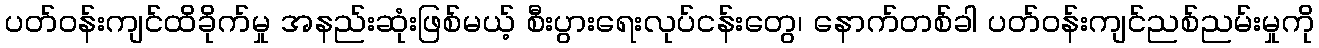
ပတ်ဝန်းကျင်ထိခိုက်မှု အနည်းဆုံးဖြစ်မယ့် စီးပွားရေးလုပ်ငန်းတွေ၊ နောက်တစ်ခါ ပတ်ဝန်းကျင်ညစ်ညမ်းမှုကို